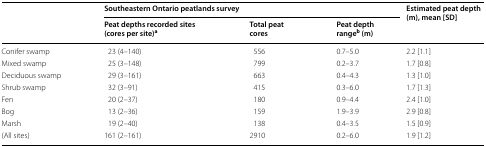
| <ROWSPAN=2>  | <COLSPAN=3> Southeastern Ontario peatlands survey | <ROWSPAN=2> Estimated peat depth (m), mean [SD] |
 | Peat depths recorded sites (cores per site)a | Total peat cores | Peat depth rangeb (m) |
 | --- | --- | --- | --- | --- |
 | Conifer swamp | 23 (4–140) | 556 | 0.7–5.0 | 2.2 [1.1] |
 | Mixed swamp | 25 (3–148) | 799 | 0.2–3.7 | 1.7 [0.8] |
 | Deciduous swamp | 29 (3–161) | 663 | 0.4–4.3 | 1.3 [1.0] |
 | Shrub swamp | 32 (3–91) | 415 | 0.3–6.0 | 1.7 [1.3] |
 | Fen | 20 (2–37) | 180 | 0.9–4.4 | 2.4 [1.0] |
 | Bog | 13 (2–36) | 159 | 1.9–3.9 | 2.9 [0.8] |
 | Marsh | 19 (2–40) | 138 | 0.4–3.5 | 1.5 [0.9] |
 | (All sites) | 161 (2–161) | 2910 | 0.2–6.0 | 1.9 [1.2] |